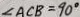
\angle A C B = 9 0 ^ { \circ }